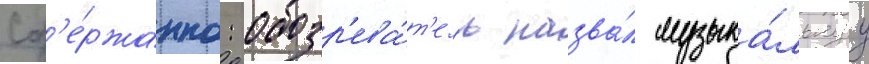
сд'е́ржанно: обозр'ева́т'ель назва́л музыка́льнуу